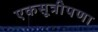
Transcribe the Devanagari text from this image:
एकसूत्रीपणा